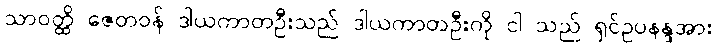
သာဝတ္ထိ ဇေတဝန် ဒါယကာတဦးသည် ဒါယကာတဦးကို ငါ သည် ရှင်ဥပနန္ဒအား